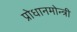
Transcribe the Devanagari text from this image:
प्रोधानमोन्त्री